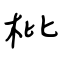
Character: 枇